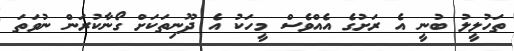
ތަހުލީލު ބުނީ އެ ރަށުގެ އެއްވެސް މީހަކު އެ ދޫނިތަކަށް ގޯނާކުރަން ނުވަތަ